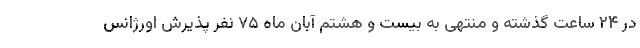
در ۲۴ ساعت گذشته و منتهی به بیست و هشتم آبان ماه ۷۵ نفر پذیرش اورژانس